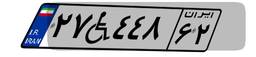
۲۷W۴۴۸۶۲